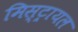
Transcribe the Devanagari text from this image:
मिस्ट्रायल